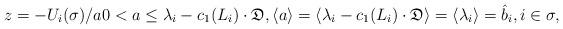
LaTeX: \begin{align*}z=-U_{i}(\sigma)/a 0<a\leq \lambda_{i}-c_{1}(L_{i})\cdot\mathfrak D, \langle a\rangle=\langle \lambda_{i}-c_{1}(L_{i})\cdot\mathfrak D\rangle=\langle \lambda_{i}\rangle=\hat{b}_{i},i\in \sigma,\end{align*}